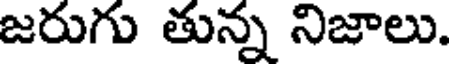
జరుగు తున్న నిజాలు.